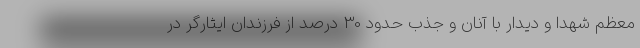
معظم شهدا و دیدار با آنان و جذب حدود 30 درصد از فرزندان ایثارگر در